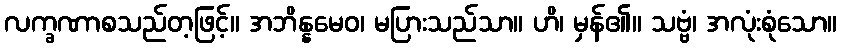
လက္ခဏာစသည်တ့ဖြင့်။ အဘိန္နမေဝ၊ မပြားသည်သာ။ ဟိ၊ မှန်၏။ သဗ္ဗံ၊ အလုံးစုံသော။